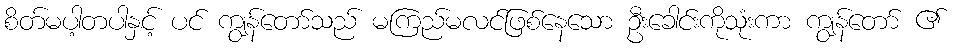
စိတ်မပါ့တပါနှင့် ပင် ကျွန်တော်သည် မကြည်မလင်ဖြစ်နေသော ဦးခေါင်းကိုသုံးကာ ကျွန်တော် ၏